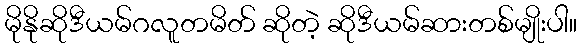
မိုနိုဆိုဒီယမ်ဂလူတမိတ် ဆိုတဲ့ ဆိုဒီယမ်ဆားတစ်မျိုးပါ။